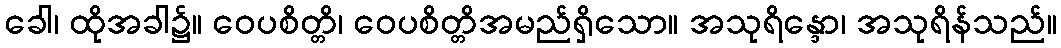
ခေါ၊ ထိုအခါ၌။ ဝေပစိတ္တိ၊ ဝေပစိတ္တိအမည်ရှိသော။ အသုရိန္ဒော၊ အသုရိန်သည်။